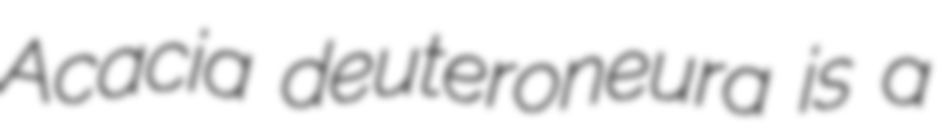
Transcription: Acacia deuteroneura is a